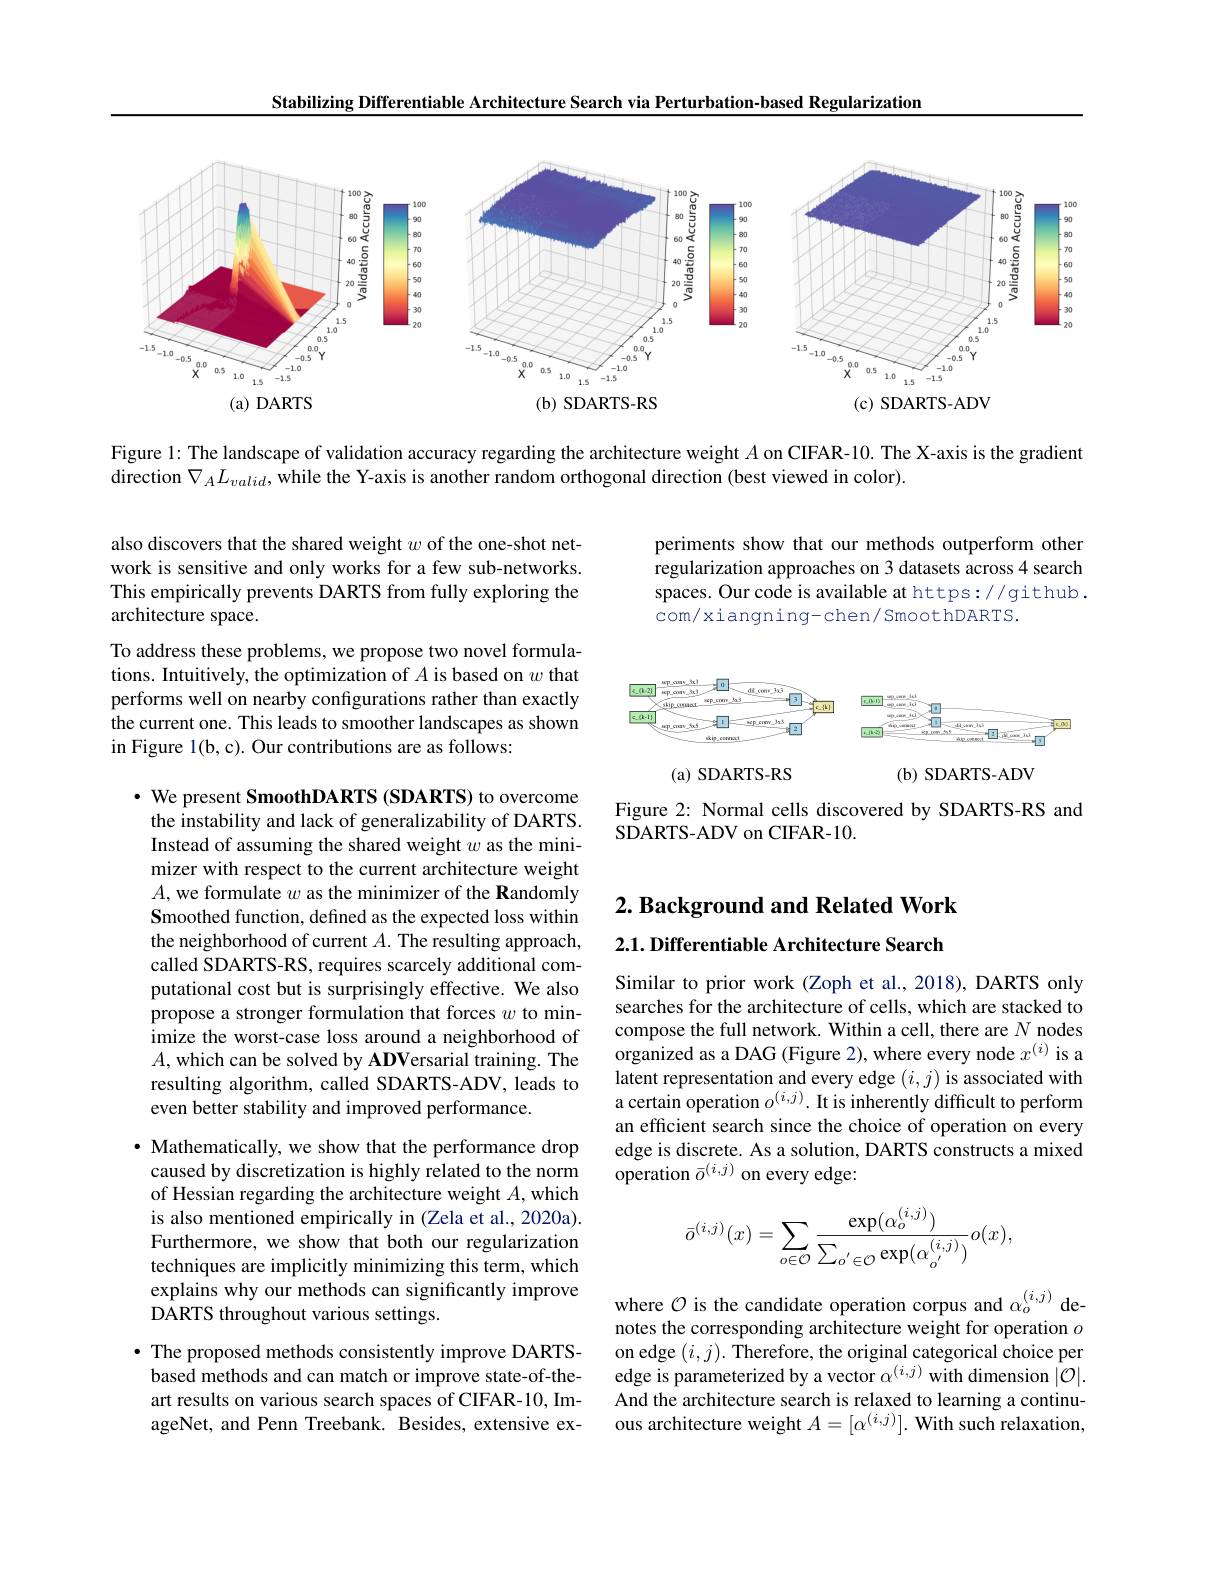
Stabilizing Differentiable Architecture Search via Perturbation-based Regularization

<FigureHere>

Figure l: The landscape of validation accuracy regarding the architecture weight $A$ on CIFAR-10. The X-axis is the gradient
direction $\nabla_AL_{valid}$,while the Y-axis is another random orthogonal direction (best viewed in color).

also discovers that the shared weight $w$ of the one-shot network is sensitive and only works for a few sub-networks. This empirically prevents DARTS from fully exploring the architecture space.

periments show that our methods outperform other regularization approaches on 3 datasets across 4 search spaces. Our code is available at https://github . com/xiangning-chen/SmoothDARTS.

To address these problems, we propose two novel formulations. Intuitively, the optimization of $A$ is based on $w$ that performs well on nearby confgurations rather than exactly the current one. This leads to smoother landscapes as shown in Figure 1(b,c). Our contributions are as follows:

<FigureHere>

<FigureHere>

(a) SDARTS-RS

Figure 2: Normal cells discovered by SDARTS-RS and
SDARTS-ADV on CIFAR-10.

$2. \textbf{ Background and Related Work}$

$2. 1. \textbf{ Differentiable Architecture Search}$

$\cdot$ We present SmoothDARTS (SDARTS) to overcome the instability and lack of generalizability of DARTS. Instead of assuming the shared weight $w$ as the minimizer with respect to the current architecture weight $A$, we formulate $w$ as the minimizer of the Randomly Smoothed function, defined as the expected loss within the neighborhood of current $A.$ The resulting approach, called SDARTS-RS, requires scarcely additional computational cost but is surprisingly effective. We also propose a stronger formulation that forces $w$ to minimize the worst-case loss around a neighborhood of $A$, which can be solved by ADVersarial training. The resulting algorithm, called SDARTS-ADV, leads to even better stability and improved performance.

Similar to prior work (Zoph et al., 2018), DARTS only searches for the architecture of cells, which are stacked to compose the full network. Within a cell, there are $N$ nodes organized as a DAG ( Figure 2) , where every node $x^{( i) }$ is a latent representation and every edge $(i,j)$ is associated with a certain operation $o^{(i,j)}.$ It is inherently difficult to perform an efficient search since the choice of operation on every edge is discrete. As a solution, DARTS constructs a mixed operation $\bar{o}^{(i,j)}$ on every edge:

$\cdot$ Mathematically, we show that the performance drop caused by discretization is highly related to the norm of Hessian regarding the architecture weight $A$,which is also mentioned empirically in (Zela et al., 2020a). Furthermore, we show that both our regularization techniques are implicitly minimizing this term, which explains why our methods can significantly improve DARTS throughout various settings.
$$\bar{o}^{(i,j)}(x)=\sum_{o\in\mathcal{O}}\frac{\exp(\alpha_{o}^{(i,j)})}{\sum_{o'\in\mathcal{O}}\exp(\alpha_{o'}^{(i,j)})}o(x),$$
where $\mathcal{O}$ is the candidate operation corpus and $\alpha_o^{(i,j)}$ denotes the corresponding architecture weight for operation $o$ on edge $(i,j).$ Therefore, the original categorical choice per edge is parameterized by a vector $\alpha^{(i,j)}$ with dimension $|\mathcal{O}|.$ And the architecture search is relaxed to learning a continuous architecture weight $A=[\alpha^{(i,j)}].$ With such relaxation,

$\bullet$ The proposed methods consistently improve DARTSbased methods and can match or improve state-of-theart results on various search spaces of CIFAR-10, ImageNet, and Penn Treebank. Besides, extensive ex-